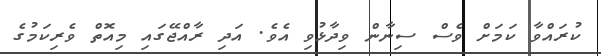
ކުރައްވާ ކަމަށް ވެސް ސިނާން ވިދާޅުވި އެވެ. އަދި ރާއްޖޭގައި މިއޮތް ވެރިކަމުގެ